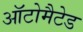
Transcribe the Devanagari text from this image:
ऑटोमैटेड